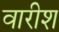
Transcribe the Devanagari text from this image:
वारीश